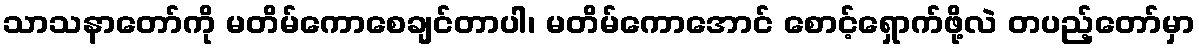
သာသနာတော်ကို မတိမ်ကောစေချင်တာပါ၊ မတိမ်ကောအောင် စောင့်ရှောက်ဖို့လဲ တပည့်တော်မှာ